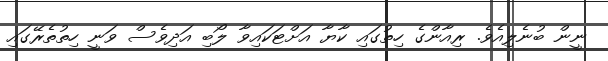
ނީން ބުނެލިއެވެ. ރިއާންގެ ހިތުގައި ކާޔާ އަށްޓަކައިވާ ލޯބި އަދިވެސް ވަނީ ހިތުތެރޭގައި